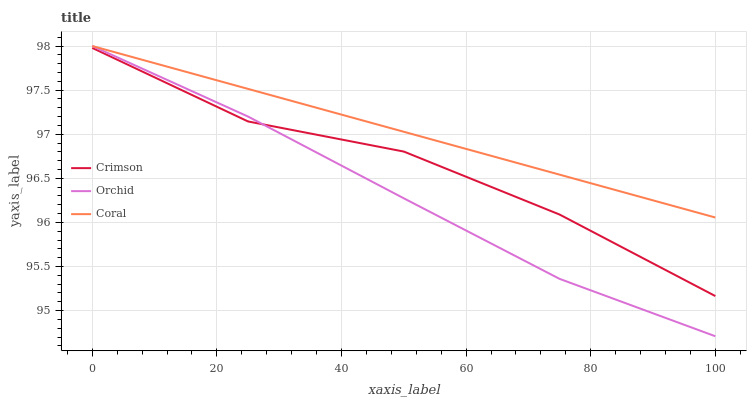
| xaxis_label | Crimson | Orchid | Coral |
 | --- | --- | --- | --- |
 | 0 | 98 | 98 | 98 |
 | 25 | 97.1 | 97.2 | 97.5 |
 | 50 | 96.8 | 96.3 | 97 |
 | 75 | 96.1 | 95.4 | 96.5 |
 | 100 | 95.2 | 94.7 | 96.1 |